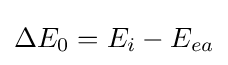
\Delta E_{0}=E_{i}-E_{ea}